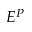
E ^ { P }